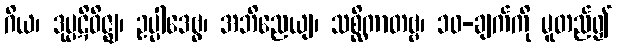
ဂိယ၊ ဒုပ္ပဋိဝိဇ္ဈ၊ ဥပ္ပါဒေဗွ၊ အဘိညေယျ၊ သစ္ဆိကာတဗ္ဗ၊ ၁၀-ချက်ကို မူတည်၍